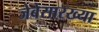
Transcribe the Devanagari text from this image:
जेबेसारख्या